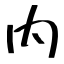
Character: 内